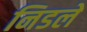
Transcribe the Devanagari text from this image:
निडलें